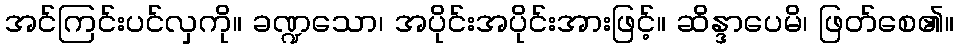
အင်ကြင်းပင်လှကို။ ခဏ္ဍသော၊ အပိုင်းအပိုင်းအားဖြင့်။ ဆိန္ဒာပေမိ၊ ဖြတ်စေ၏။